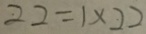
2 2 = 1 \times 2 2